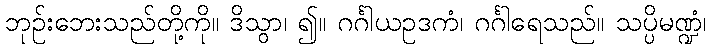
ဘုဉ်းဘေးသည်တို့ကို။ ဒိသွာ၊ ၍။ ဂင်္ဂါယဥဒကံ၊ ဂင်္ဂါရေသည်။ သပ္ပိမဏ္ဍံ၊